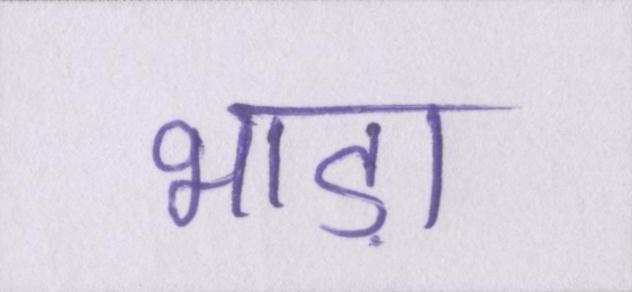
भाड़ा